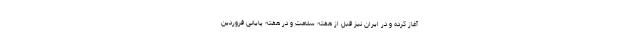
آغاز کرده و در ایران نیز قبل از هفته سلامت و در هفته پایانی فروردین